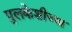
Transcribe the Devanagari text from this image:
पुलकेशीच्या